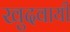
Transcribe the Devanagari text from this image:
खुदवायीं